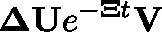
\mathbf { \Delta } \mathbf { U } e ^ { - \mathbf { \Xi } t } \mathbf { V }